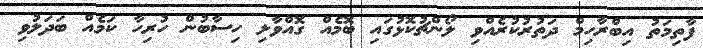
ފާތިމަތު އިބްރާހިމް ދަތުރުކުރެއްވި ލޯންޗުކޮޅުގައި ބޮމެއް ގޮއްވާލި ހިސާބުން ހުރިހާ ކަމެއް ބަދަލުވި